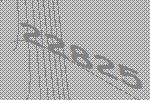
22825